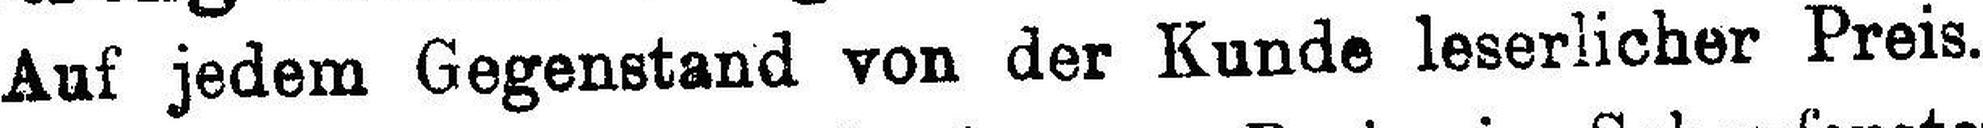
Auf jedem Gegenstand von der Kunde leserlicher Preis.